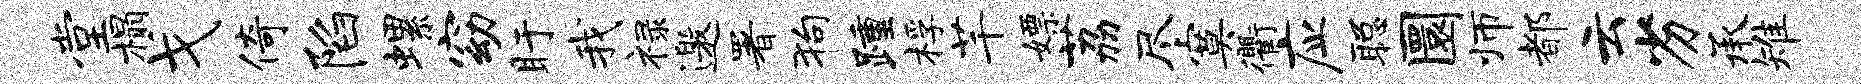
堂榻戈倚陷螺窈盱我禄邀署狗踵桴芊嫖荔尽寞衢应聪圜师都云劣承雉